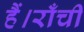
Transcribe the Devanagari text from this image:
हैं।राँची